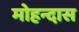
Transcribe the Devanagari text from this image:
मोहन्दास